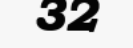
32